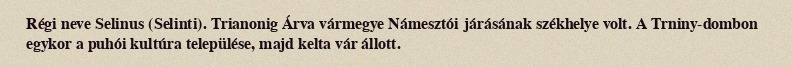
Régi neve Selinus (Selinti). Trianonig Árva vármegye Námesztói járásának székhelye volt. A Trniny-dombon egykor a puhói kultúra települése, majd kelta vár állott.